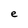
Character: e